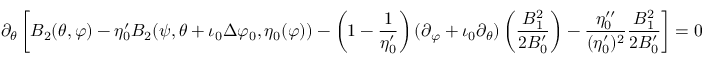
\partial _ { \theta } \left[ B _ { 2 } ( \theta , \varphi ) - \eta _ { 0 } ^ { \prime } B _ { 2 } ( \psi , \theta + \iota _ { 0 } \Delta \varphi _ { 0 } , \eta _ { 0 } ( \varphi ) ) - \left( 1 - \frac { 1 } { \eta _ { 0 } ^ { \prime } } \right) ( \partial _ { \varphi } + \iota _ { 0 } \partial _ { \theta } ) \left( \frac { B _ { 1 } ^ { 2 } } { 2 B _ { 0 } ^ { \prime } } \right) - \frac { \eta _ { 0 } ^ { \prime \prime } } { ( \eta _ { 0 } ^ { \prime } ) ^ { 2 } } \frac { B _ { 1 } ^ { 2 } } { 2 B _ { 0 } ^ { \prime } } \right] = 0